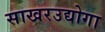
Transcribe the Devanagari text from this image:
साखरउद्योगा